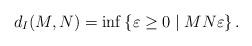
\begin{align*}d_I(M,N)= \inf \left\lbrace \varepsilon \geq 0 \mid M N \varepsilon \right\rbrace.\end{align*}